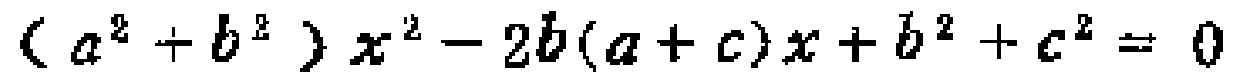
\((a^{2}+b^{2})x^{2}-2b(a + c)x + b^{2}+c^{2}=0\)